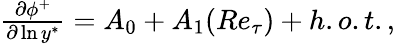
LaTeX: \begin{array}{r}{\frac{\partial\phi^{+}}{\partial\ln{y^{\ast}}}=A_{0}+A_{1}(Re_{\tau})+h.o.t.,}\end{array}